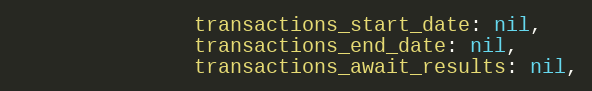
Language: Ruby
               transactions_start_date: nil,
               transactions_end_date: nil,
               transactions_await_results: nil,